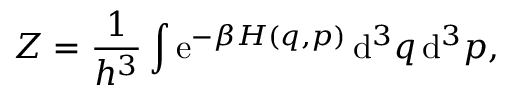
Z = { \frac { 1 } { h ^ { 3 } } } \int \mathrm { e } ^ { - \beta H ( q , p ) } \, \mathrm { d } ^ { 3 } q \, \mathrm { d } ^ { 3 } p ,